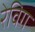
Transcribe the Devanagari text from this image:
रेविग